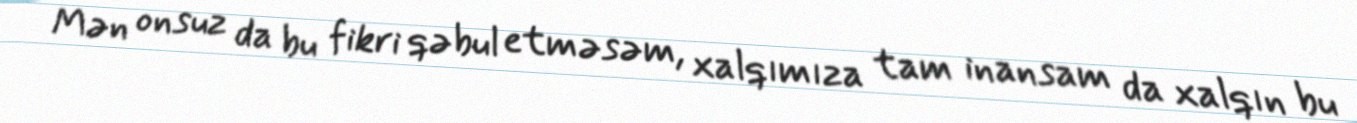
Mən onsuz da bu fikri qəbul etməsəm, xalqımıza tam inansam da xalqın bu